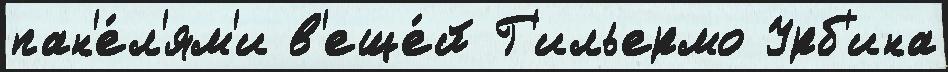
пан'е́л'ям'и в'еще́й Г'ильермо Урб'ина